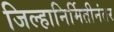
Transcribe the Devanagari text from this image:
जिल्हानिर्मितीनंतर